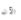
الآن